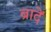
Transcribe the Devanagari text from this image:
ब्रादें